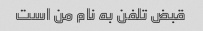
قبض تلفن به نام من است